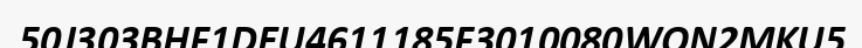
50J303BHF1DEU4611185F3010080WON2MKU5